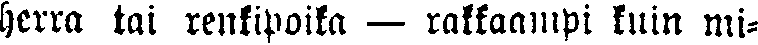
herra tai renkipoika — rakkaampi kuin mi-